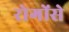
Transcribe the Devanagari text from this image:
रोगोंसे